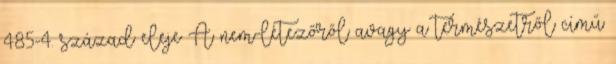
485-4. század eleje A nem-létezőről avagy a természetről című